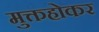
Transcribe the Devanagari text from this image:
मुक्तहोकर